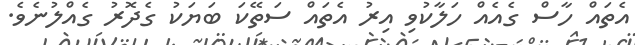
އެތައް ހާސް ގެއެއް ހަލާކުވި އިރު އެތައް ސަތޭކަ ބަޔަކު ގެދޮރު ގެއްލުނެވެ.